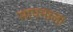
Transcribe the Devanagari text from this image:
मापनाला